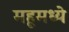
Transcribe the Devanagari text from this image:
महूमध्ये